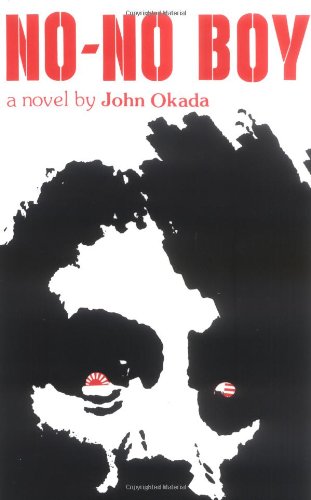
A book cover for No-No Boy (Classics of Asian American Literature); John Okada; Literature & Fiction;